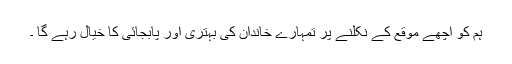
ہم کو اچھے موقع کے نکلنے پر تمہارے خاندان کی بہتری اور پابجائی کا خیال رہے گا ۔